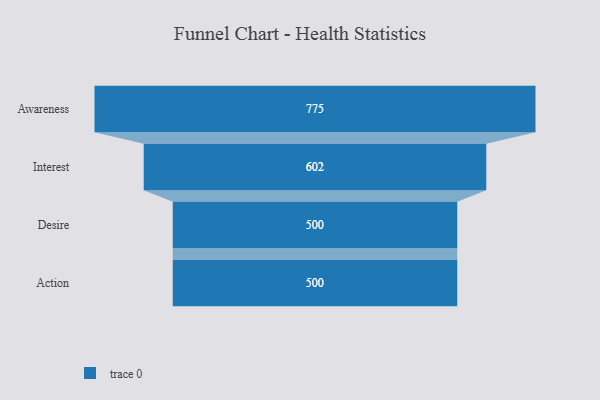
{"axis": {"x": "Stage", "y": "Value"}, "legend": [""], "data": [{"x": "Awareness", "y": 775.0, "type": ""}, {"x": "Interest", "y": 602.0, "type": ""}, {"x": "Desire", "y": 500, "type": ""}, {"x": "Action", "y": 500, "type": ""}]}